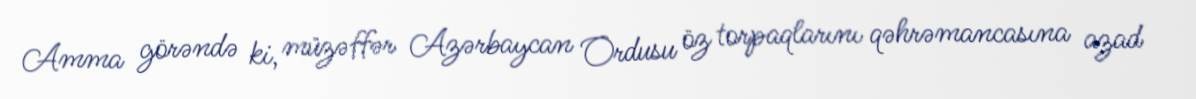
Amma görəndə ki, müzəffər Azərbaycan Ordusu öz torpaqlarını qəhrəmancasına azad